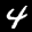
Label: 4